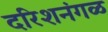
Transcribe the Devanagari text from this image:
दरिशनंगळ